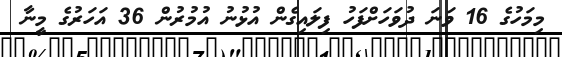
މިމަހުގެ 16 ވަނަ ދުވަހަށްފަހު ފިލައިގެން އުޅުނު އުމުރުން 36 އަހަރުގެ މީނާ